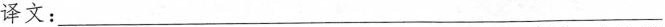
译文：___